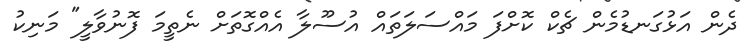
ދެން އަޅުގަނޑުމެން ޗެކް ކޮށްފަ މައްސަލަތައް އުސޫލާ އެއްގޮތަށް ނެތީމަ ފޮނުވާލީ" މަނިކު